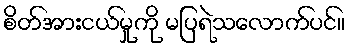
စိတ်အားငယ်မှုကို မပြရဲသလောက်ပင်။